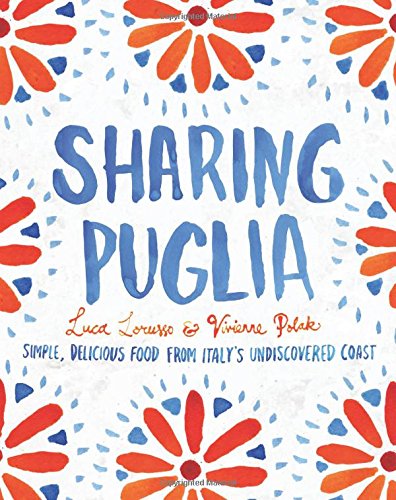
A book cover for Sharing Puglia: Simple, Delicious Food from Italy's Undiscovered Coast; Luca Lorusso; Cookbooks, Food & Wine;